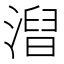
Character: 𣻥